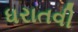
ધરાતવી